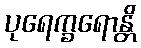
ပုရေက္ခရောန္တိ